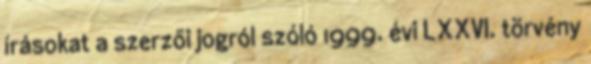
írásokat a szerzői jogról szóló 1999. évi LXXVI. törvény